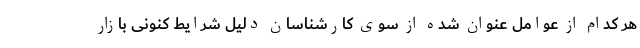
هر کدام از عوامل عنوان شده از سوی کارشناسان دلیل شرایط کنونی بازار